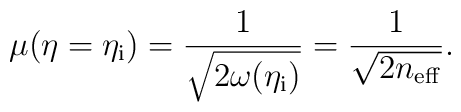
\mu (\eta =\eta _{\rm i})=\frac{1}{\sqrt{2\omega (\eta _{\rm i})}}=\frac{1}{\sqrt{2n_{\rm eff}}}.